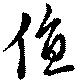
値